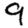
Digit: 9